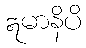
ဣမာနိပိ